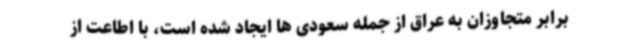
برابر متجاوزان به عراق از جمله سعودی ها ایجاد شده است، با اطاعت از